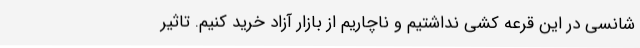
شانسی در این قرعه کشی نداشتیم و ناچاریم از بازار آزاد خرید کنیم. تاثیر